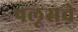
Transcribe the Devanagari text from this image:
पलूसचे